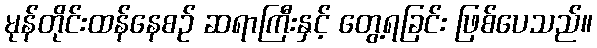
မုန်တိုင်းထန်နေစဉ် ဆရာကြီးနှင့် တွေ့ရခြင်း ဖြစ်ပေသည်။